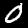
Label: 0